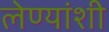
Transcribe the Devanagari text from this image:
लेण्यांशी